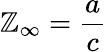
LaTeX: \mathbb{Z}_{\infty}={\frac{{a}}{{c}}}